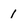
Character: 1